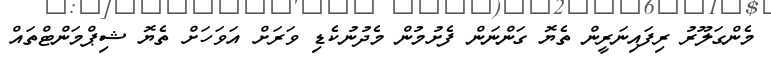
މެންގަލޫރު ރިފައިނަރީން ތެޔޮ ގަންނަން ފެށުމުން މެދުނުކެޑި ވަރަށް އަވަހަށް ތެޔޮ ޝިޕްމަންޓްތައް